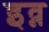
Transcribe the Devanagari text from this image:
इव्न